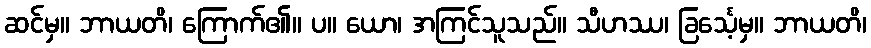
ဆင်မှ။ ဘာယတိ၊ ကြောက်၏။ ပ။ ယော၊ အကြင်သူသည်။ သီဟဿ၊ ခြင်္သေ့မှ။ ဘာယတိ၊